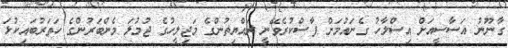
ގާނޫނު އަސާސީއަށް އިސްލާހު ގެނައުމަށް ފާސްކުރެވޭނީ ރައްޔިތުންގެ މަޖިލީހުގެ ޖުމުލަ މެންބަރުންގެ ހަތަރުބައިކުޅަ